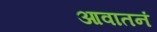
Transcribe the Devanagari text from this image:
आवातनं